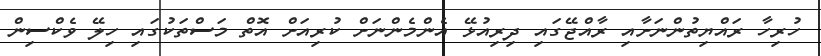
ހުރިހާ ރައްޔިތުންނަށާއި ރާއްޖޭގައި ދިރިއުޅޭ އެންމެންނަށް ކުރިއަށް އޮތް މަސްތަކުގައި ހިލޭ ވެކްސިން